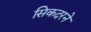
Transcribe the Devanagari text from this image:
सिकदरने